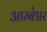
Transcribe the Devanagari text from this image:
आम्बेश्वर